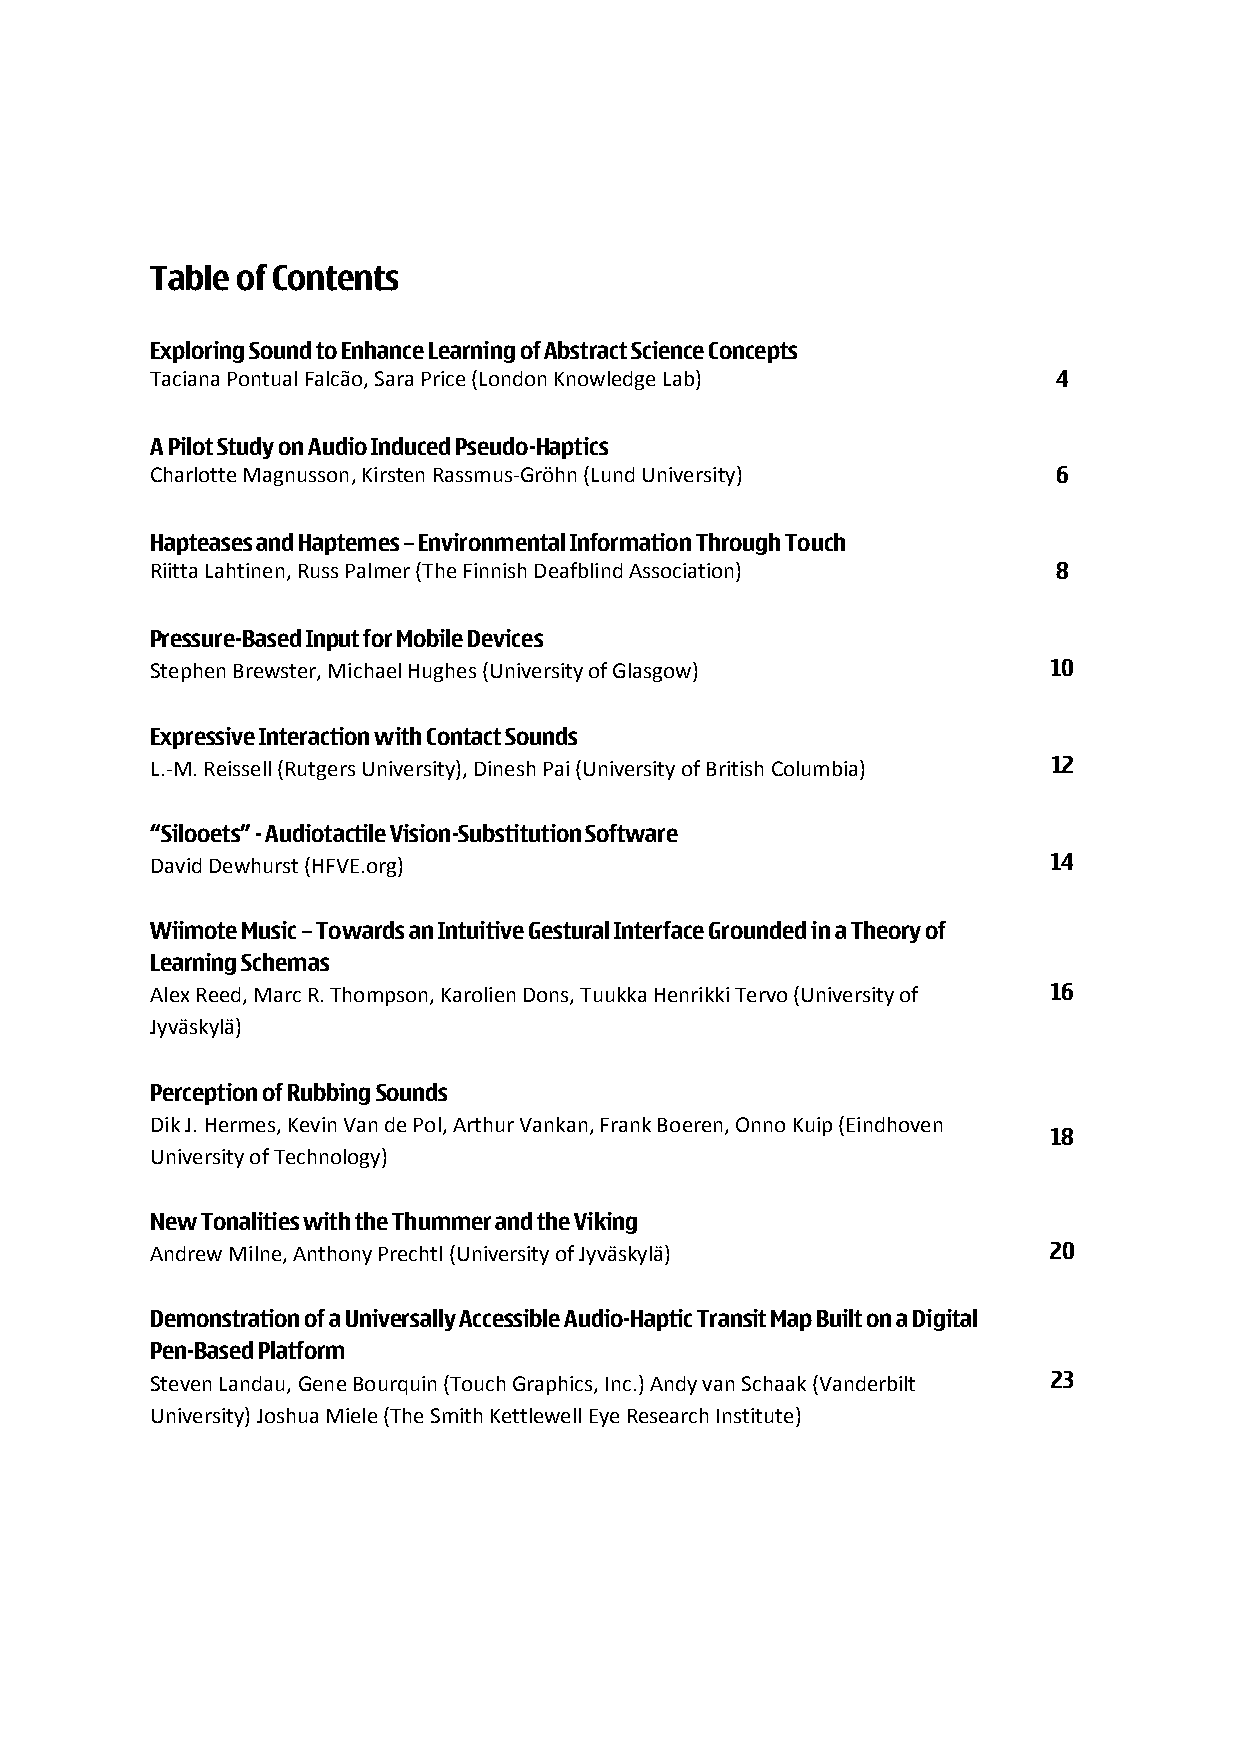
Table of Contents
 Exploring Sound to Enhance Learning of Abstract Science Concepts
 Taciana Pontual Falcão, Sara Price (London Knowledge Lab)   4
 A Pilot Study on Audio Induced Pseudo-Haptics
 Charlotte Magnusson, Kirsten Rassmus-Gröhn (Lund University) 6
 Hapteases and Haptemes – Environmental Information Through Touch
 Riitta Lahtinen, Russ Palmer (The Finnish Deafblind Association) 8
 Pressure-Based Input for Mobile Devices
 Stephen Brewster, Michael Hughes (University of Glasgow)    10
 Expressive Interaction with Contact Sounds
 L.-M. Reissell (Rutgers University), Dinesh Pai (University of British Columbia) 12
 “Silooets” - Audiotactile Vision-Substitution Software
 David Dewhurst (HFVE.org)                                   14
 Wiimote Music – Towards an Intuitive Gestural Interface Grounded in a Theory of
 Learning Schemas
 Alex Reed, Marc R. Thompson, Karolien Dons, Tuukka Henrikki Tervo (University of 16
 Jyväskylä)
 Perception of Rubbing Sounds
 Dik J. Hermes, Kevin Van de Pol, Arthur Vankan, Frank Boeren, Onno Kuip (Eindhoven
 18
 University of Technology)
 New Tonalities with the Thummer and the Viking
 Andrew Milne, Anthony Prechtl (University of Jyväskylä)    20
 Demonstration of a Universally Accessible Audio-Haptic Transit Map Built on a Digital
 Pen-Based Platform
 Steven Landau, Gene Bourquin (Touch Graphics, Inc.) Andy van Schaak (Vanderbilt 23
 University) Joshua Miele (The Smith Kettlewell Eye Research Institute)